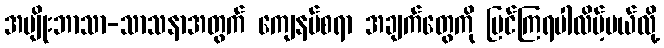
အမျိုးဘာသာ-သာသနာအတွက် ကျေနပ်စရာ အချက်တွေကို မြင်ကြရပါလိမ့်မယ်လို့